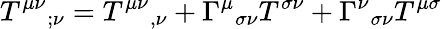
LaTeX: T^{\mu\nu}{}_{;\nu}=T^{\mu\nu}{}_{,\nu}+\Gamma^{\mu}{}_{\sigma\nu}T^{\sigma\nu}+\Gamma^{\nu}{}_{\sigma\nu}T^{\mu\sigma}